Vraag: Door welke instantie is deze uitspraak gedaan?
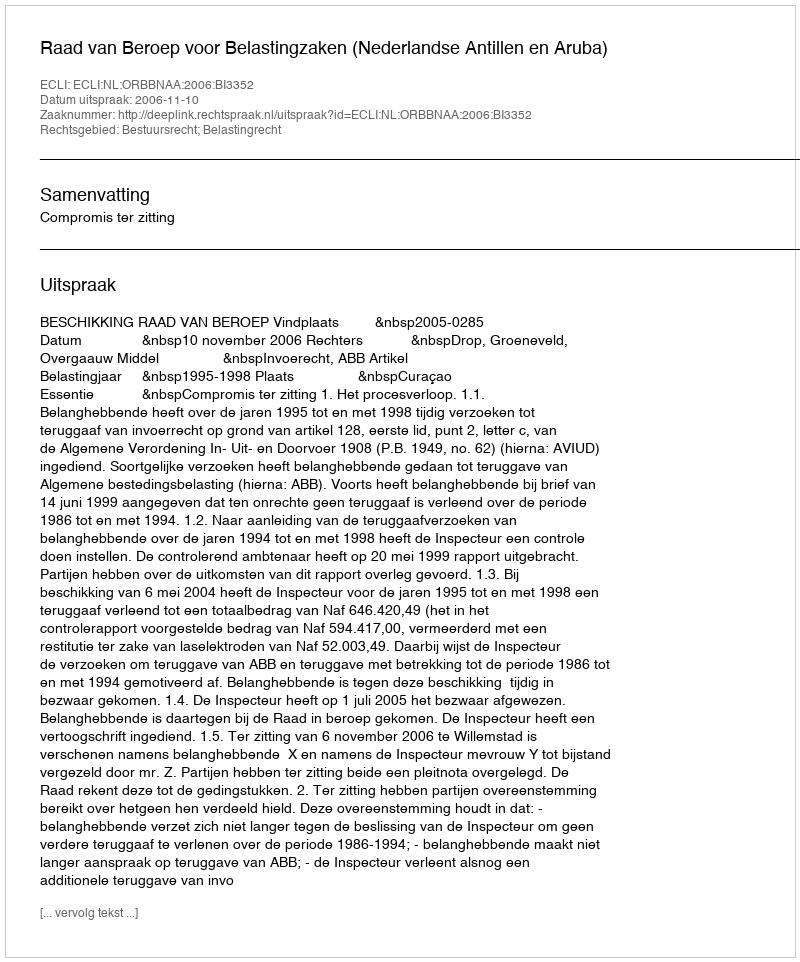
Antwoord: Raad van Beroep voor Belastingzaken (Nederlandse Antillen en Aruba)